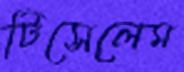
টিসেলেম